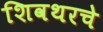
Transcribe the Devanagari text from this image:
शिवथरचे